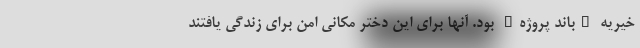
خیریه "باند پروژه" بود. آنها برای این دختر مکانی امن برای زندگی یافتند